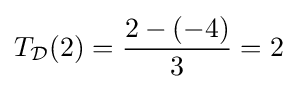
T_{\mathcal {D}}(2)={\frac {2-(-4)}{3}}=2